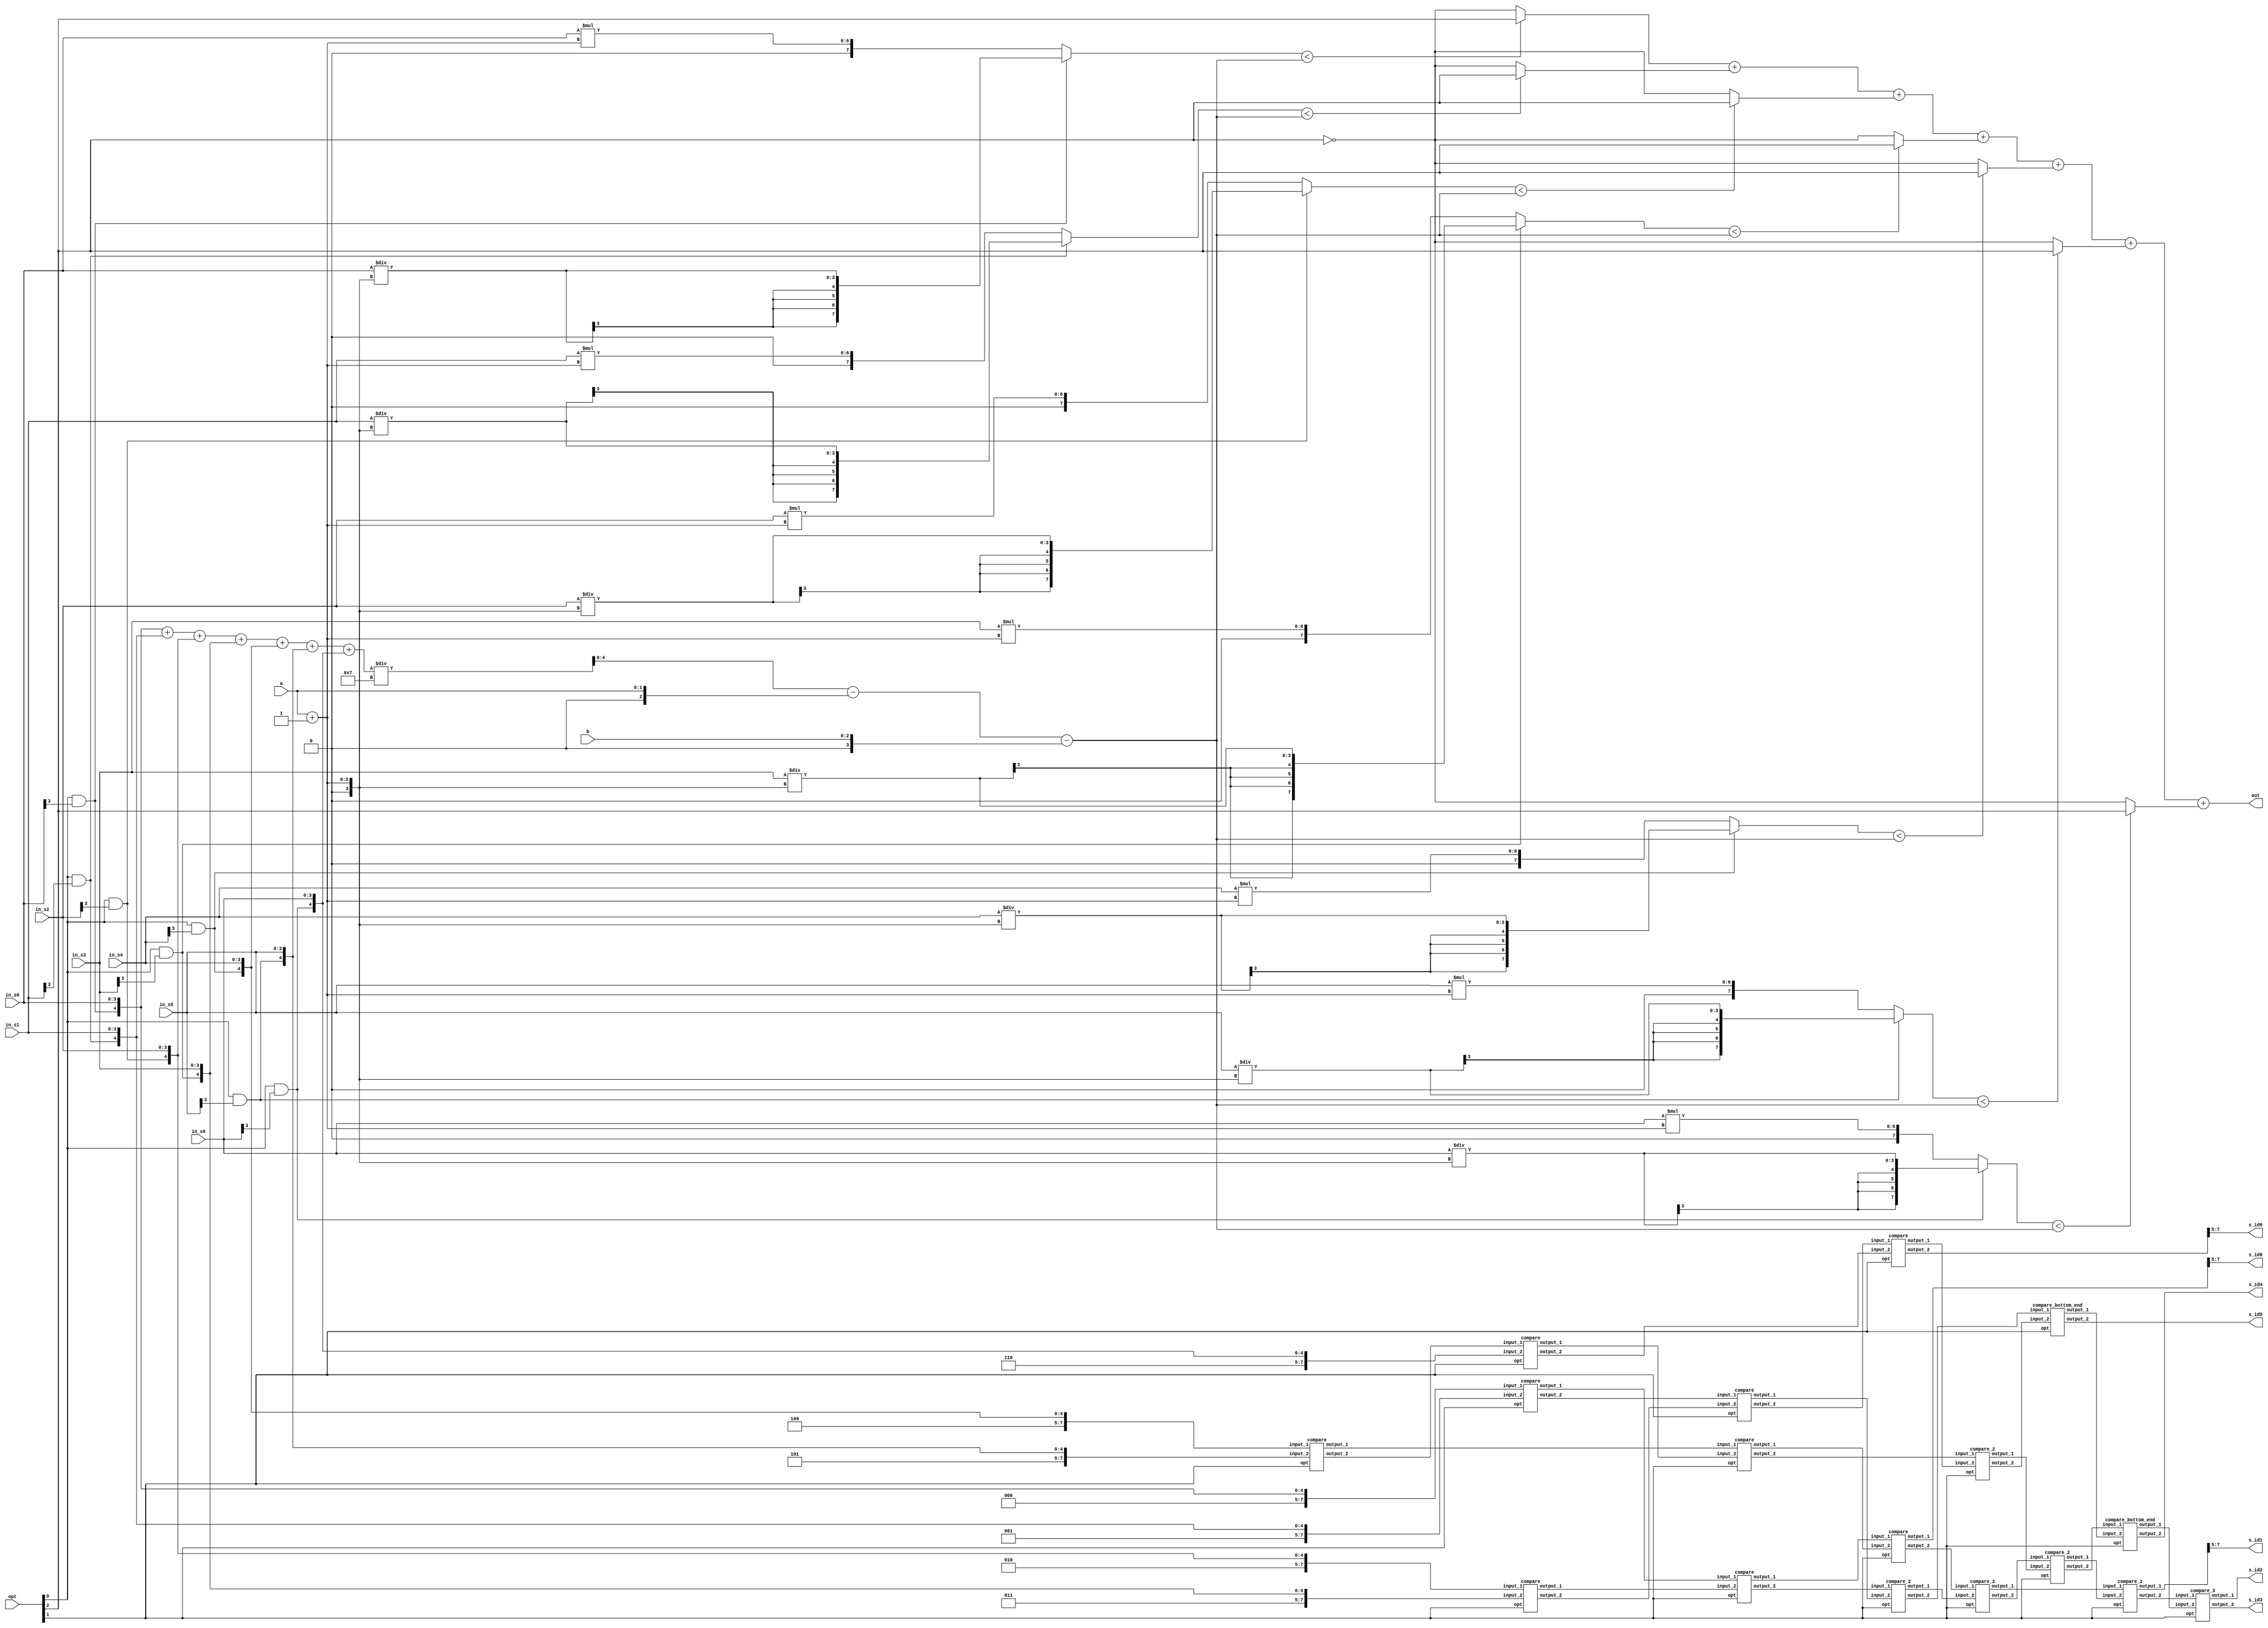
/*  //! Hand in this version
 
****************************************
Report : area
Design : CC
Version: R-2020.09
Date   : Sun Feb 26 03:16:20 2023
****************************************

Library(s) Used:

    slow (File: /RAID2/COURSE/iclab/iclabta01/umc018/Synthesis/slow.db)

Number of ports:                           60
Number of nets:                          1106
Number of cells:                         1038
Number of combinational cells:           1038
Number of sequential cells:                 0
Number of macros/black boxes:               0
Number of buf/inv:                        183
Number of references:                      40

Combinational area:              19249.877045
Buf/Inv area:                     1826.193666
Noncombinational area:               0.000000
Macro/Black Box area:                0.000000
Net Interconnect area:      undefined  (No wire load specified)

Total cell area:                 19249.877045
Total area:                 undefined
1




*/
module CC(
  in_s0,
  in_s1,
  in_s2,
  in_s3,
  in_s4,
  in_s5,
  in_s6,
  opt,
  a,
  b,
  s_id0,
  s_id1,
  s_id2,
  s_id3,
  s_id4,
  s_id5,
  s_id6,
  out

);
input [3:0]in_s0;
input [3:0]in_s1;
input [3:0]in_s2;
input [3:0]in_s3;
input [3:0]in_s4;
input [3:0]in_s5;
input [3:0]in_s6;
input [2:0]opt;
input [1:0]a;
input [2:0]b;
output [2:0] s_id0;
output [2:0] s_id1;
output [2:0] s_id2;
output [2:0] s_id3;
output [2:0] s_id4;
output [2:0] s_id5;
output [2:0] s_id6;
output [2:0] out; 
//==================================================================
// reg & wire
//==================================================================
wire signed [4+3:0] in_t0, in_t1, in_t2, in_t3, in_t4, in_t5, in_t6;
//
//------------------
/*
wire signed [7:0] temp_1,temp_2,temp_3,temp_4,temp_5,temp_6,temp_7,temp_8,temp_9,temp_10,
                  temp_11,temp_12,temp_13,temp_14,temp_15,temp_16,temp_17,temp_18,temp_19,temp_20,
                  temp_21,temp_22,temp_23,temp_24,temp_25,temp_26,temp_27,temp_28,temp_29,//temp_30,
                  temp_31,temp_32,temp_33;//,temp_34;//,temp_35,temp_36;
wire signed [2:0] temp_30,temp_34,temp_35,temp_36;  //temp_31 cannot use[2:0] for area is not decreasing
*/
//
//-----------------------

wire signed [7:0] temp_1,temp_2,temp_3,temp_4,temp_5,temp_6,temp_7,temp_8,temp_9,temp_10,
                  temp_11,temp_12,temp_13,temp_14,temp_15,temp_16,temp_17,temp_18,temp_19,temp_20,
                  temp_21,temp_22,temp_23,temp_24,temp_25,temp_26,temp_27,temp_28,temp_29,//temp_30,
                  temp_31,temp_32,temp_33;//,temp_34;//,temp_35,temp_36;
wire signed [2:0] temp_30,temp_34,temp_35,temp_36,temp_37,temp_38;  //temp_31 cannot use[2:0] for area is not decreasing


reg signed [7:0] sum;
reg signed [4:0] qutio;
wire signed [2:0] alpha;
wire signed [3:0] alpha_p;
reg signed [4:0] pass_score;

//wire signed [7:0] new_score[6:0]; 
wire signed [3:0] beta;
wire pass_num [6:0];
wire vote, unvote;
wire signed [3:0] score_qutio[6:0];
wire signed [7:0] score_product[6:0];
wire signed [7:0] score_product_dete[6:0];


//==================================================================
// design
//==================================================================
assign  in_t0 = {3'd0,(opt[0]&in_s0[3]),in_s0};
assign  in_t1 = {3'd1,(opt[0]&in_s1[3]),in_s1};
assign  in_t2 = {3'd2,(opt[0]&in_s2[3]),in_s2};
assign  in_t3 = {3'd3,(opt[0]&in_s3[3]),in_s3};
assign  in_t4 = {3'd4,(opt[0]&in_s4[3]),in_s4};
assign  in_t5 = {3'd5,(opt[0]&in_s5[3]),in_s5};
assign  in_t6 = {3'd6,(opt[0]&in_s6[3]),in_s6};
assign alpha = {1'b0,a};
assign alpha_p = {1'b0,alpha}+1'b1;
assign beta = {1'b0,b};


//--------------------
//  OUTPUTS
//--------------------
assign out = pass_num[0] + pass_num[1] + pass_num[2] + pass_num[3] +pass_num[4] + pass_num[5] + pass_num[6];


assign  s_id0 = temp_19[7:5];
assign  s_id1 = temp_31[7:5];
assign  s_id2 = temp_35;//[7:5];
assign  s_id3 = temp_36;//[7:5];
assign  s_id4 = temp_34;//[7:5];
assign  s_id5 = temp_30;//[7:5];
assign  s_id6 = temp_22[7:5];

/*
assign  s_id0 = temp_17[7:5];
assign  s_id1 = temp_37[7:5];
assign  s_id2 = temp_38[7:5];//[7:5];
assign  s_id3 = temp_36[7:5];//[7:5];
assign  s_id4 = temp_34[7:5];//[7:5];
assign  s_id5 = temp_32[7:5];//[7:5];
assign  s_id6 = temp_20[7:5];

*/


/*    ORI
assign  s_id0 = temp_19[7:5];
assign  s_id1 = temp_31[7:5];
assign  s_id2 = temp_35;//[7:5];
assign  s_id3 = temp_36;//[7:5];
assign  s_id4 = temp_34;//[7:5];
assign  s_id5 = temp_30;//[7:5];
assign  s_id6 = temp_22[7:5];
*/


//--------------------
//  SORT by MERGE SORT
//-------------------- 

compare M1(.input_1(in_t0),.input_2(in_t1),.opt(opt[1]),.output_1(temp_1),.output_2(temp_2));
compare M2(.input_1(in_t2),.input_2(in_t3),.opt(opt[1]),.output_1(temp_3),.output_2(temp_4));
compare M3(.input_1(in_t4),.input_2(in_t5),.opt(opt[1]),.output_1(temp_5),.output_2(temp_6));   // for bottom id 
compare M4(.input_1(temp_1),.input_2(temp_3),.opt(opt[1]),.output_1(temp_7),.output_2(temp_8)); 
compare M5(.input_1(temp_2),.input_2(temp_4),.opt(opt[1]),.output_1(temp_9),.output_2(temp_10));
compare M6(.input_1(temp_6),.input_2(in_t6),.opt(opt[1]),.output_1(temp_11),.output_2(temp_12));    // for bottom id
compare_2 M7(.input_1(temp_8),.input_2(temp_9),.opt(opt[1]),.output_1(temp_13),.output_2(temp_14));
compare M8(.input_1(temp_5),.input_2(temp_11),.opt(opt[1]),.output_1(temp_15),.output_2(temp_16));  // for bottom id



// ORI-END (for 7 front element version)
compare M10(.input_1(temp_7),.input_2(temp_15),.opt(opt[1]),.output_1(temp_19),.output_2(temp_20));
compare M11(.input_1(temp_10),.input_2(temp_12),.opt(opt[1]),.output_1(temp_21),.output_2(temp_22));
compare_2 M12(.input_1(temp_20),.input_2(temp_13),.opt(opt[1]),.output_1(temp_23),.output_2(temp_24));
compare_2 M13(.input_1(temp_16),.input_2(temp_21),.opt(opt[1]),.output_1(temp_25),.output_2(temp_26));
compare_2 M14(.input_1(temp_24),.input_2(temp_25),.opt(opt[1]),.output_1(temp_27),.output_2(temp_28));
compare_bottom_end M15(.input_1(temp_14),.input_2(temp_26),.opt(opt[1]),.output_1(temp_29),.output_2(temp_30));
compare_2 M16(.input_1(temp_23),.input_2(temp_27),.opt(opt[1]),.output_1(temp_31),.output_2(temp_32));
compare_bottom_end M17(.input_1(temp_28),.input_2(temp_29),.opt(opt[1]),.output_1(temp_33),.output_2(temp_34));
compare_3 M18(.input_1(temp_32),.input_2(temp_33),.opt(opt[1]),.output_1(temp_35),.output_2(temp_36));



/* 
compare M9(.input_1(temp_7),.input_2(temp_15),.opt(opt[1]),.output_1(temp_17),.output_2(temp_18)); //up end
compare M10(.input_1(temp_10),.input_2(temp_12),.opt(opt[1]),.output_1(temp_19),.output_2(temp_20));//down end
compare M11(.input_1(temp_18),.input_2(temp_16),.opt(opt[1]),.output_1(temp_21),.output_2(temp_22));
compare M12(.input_1(temp_14),.input_2(temp_19),.opt(opt[1]),.output_1(temp_23),.output_2(temp_24));
compare_2 M13(.input_1(temp_21),.input_2(temp_23),.opt(opt[1]),.output_1(temp_25),.output_2(temp_26));
compare_2 M14(.input_1(temp_22),.input_2(temp_24),.opt(opt[1]),.output_1(temp_27),.output_2(temp_28));
compare_2 M15(.input_1(temp_26),.input_2(temp_27),.opt(opt[1]),.output_1(temp_29),.output_2(temp_30));
compare M16(.input_1(temp_13),.input_2(temp_28),.opt(opt[1]),.output_1(temp_31),.output_2(temp_32));
compare_2 M17(.input_1(temp_31),.input_2(temp_30),.opt(opt[1]),.output_1(temp_33),.output_2(temp_34));
compare_2 M18(.input_1(temp_33),.input_2(temp_29),.opt(opt[1]),.output_1(temp_35),.output_2(temp_36));
compare_2 M19(.input_1(temp_35),.input_2(temp_25),.opt(opt[1]),.output_1(temp_37),.output_2(temp_38));
*/


/*    ORI
compare M1(.input_1(in_t0),.input_2(in_t1),.opt(opt[1]),.output_1(temp_1),.output_2(temp_2));
compare M2(.input_1(in_t2),.input_2(in_t3),.opt(opt[1]),.output_1(temp_3),.output_2(temp_4));
compare M3(.input_1(in_t4),.input_2(in_t5),.opt(opt[1]),.output_1(temp_5),.output_2(temp_6));
compare M4(.input_1(temp_2),.input_2(temp_3),.opt(opt[1]),.output_1(temp_7),.output_2(temp_8));
compare M5(.input_1(temp_6),.input_2(in_t6),.opt(opt[1]),.output_1(temp_9),.output_2(temp_10));
compare M6(.input_1(temp_1),.input_2(temp_7),.opt(opt[1]),.output_1(temp_11),.output_2(temp_12));
compare M7(.input_1(temp_8),.input_2(temp_4),.opt(opt[1]),.output_1(temp_13),.output_2(temp_14));
compare M8(.input_1(temp_5),.input_2(temp_9),.opt(opt[1]),.output_1(temp_15),.output_2(temp_16));
compare M9(.input_1(temp_12),.input_2(temp_13),.opt(opt[1]),.output_1(temp_17),.output_2(temp_18));
//

compare M10(.input_1(temp_11),.input_2(temp_15),.opt(opt[1]),.output_1(temp_19),.output_2(temp_20));
compare M11(.input_1(temp_14),.input_2(temp_10),.opt(opt[1]),.output_1(temp_21),.output_2(temp_22));
compare_2 M12(.input_1(temp_20),.input_2(temp_17),.opt(opt[1]),.output_1(temp_23),.output_2(temp_24));
compare_2 M13(.input_1(temp_16),.input_2(temp_21),.opt(opt[1]),.output_1(temp_25),.output_2(temp_26));
compare_2 M14(.input_1(temp_24),.input_2(temp_25),.opt(opt[1]),.output_1(temp_27),.output_2(temp_28));
compare_bottom_end M15(.input_1(temp_18),.input_2(temp_26),.opt(opt[1]),.output_1(temp_29),.output_2(temp_30));
compare_2 M16(.input_1(temp_23),.input_2(temp_27),.opt(opt[1]),.output_1(temp_31),.output_2(temp_32));
compare_bottom_end M17(.input_1(temp_28),.input_2(temp_29),.opt(opt[1]),.output_1(temp_33),.output_2(temp_34));
compare_3 M18(.input_1(temp_32),.input_2(temp_33),.opt(opt[1]),.output_1(temp_35),.output_2(temp_36));
*/


//---------------------------------------
//  Vote if the student pass/fail the test
//----------------------------------------
always @* begin
  sum = $signed(in_t0[4:0]) + $signed(in_t1[4:0]) + $signed(in_t2[4:0]) +$signed(in_t3[4:0]) + $signed(in_t4[4:0]) + $signed(in_t5[4:0]) +$signed(in_t6[4:0]);
  qutio = sum / $signed(4'd7);
  pass_score = qutio-alpha-beta;
end

assign vote = opt[2]^1'b0;
assign unvote = ~vote;

assign pass_num[0] = (score_product_dete[0]<pass_score)?vote:unvote;
assign pass_num[1] = (score_product_dete[1]<pass_score)?vote:unvote;
assign pass_num[2] = (score_product_dete[2]<pass_score)?vote:unvote;
assign pass_num[3] = (score_product_dete[3]<pass_score)?vote:unvote;
assign pass_num[4] = (score_product_dete[4]<pass_score)?vote:unvote;
assign pass_num[5] = (score_product_dete[5]<pass_score)?vote:unvote;
assign pass_num[6] = (score_product_dete[6]<pass_score)?vote:unvote;

/*
assign pass_num[0] = (new_score[0]<pass_score)?vote:unvote;
assign pass_num[1] = (new_score[1]<pass_score)?vote:unvote;
assign pass_num[2] = (new_score[2]<pass_score)?vote:unvote;
assign pass_num[3] = (new_score[3]<pass_score)?vote:unvote;
assign pass_num[4] = (new_score[4]<pass_score)?vote:unvote;
assign pass_num[5] = (new_score[5]<pass_score)?vote:unvote;
assign pass_num[6] = (new_score[6]<pass_score)?vote:unvote;
*/
//-----------------------------------
//  Score Linear Translation
//-----------------------------------
  assign score_qutio[0] = $signed(in_t0[3:0])/alpha_p;
  assign score_qutio[1] = $signed(in_t1[3:0])/alpha_p;
  assign score_qutio[2] = $signed(in_t2[3:0])/alpha_p;
  assign score_qutio[3] = $signed(in_t3[3:0])/alpha_p;
  assign score_qutio[4] = $signed(in_t4[3:0])/alpha_p;
  assign score_qutio[5] = $signed(in_t5[3:0])/alpha_p;
  assign score_qutio[6] = $signed(in_t6[3:0])/alpha_p;

  assign score_product[0] = in_t0[3:0]*alpha_p;
  assign score_product[1] = in_t1[3:0]*alpha_p;
  assign score_product[2] = in_t2[3:0]*alpha_p;
  assign score_product[3] = in_t3[3:0]*alpha_p;
  assign score_product[4] = in_t4[3:0]*alpha_p;
  assign score_product[5] = in_t5[3:0]*alpha_p;
  assign score_product[6] = in_t6[3:0]*alpha_p;

/*   original format

  assign score_qutio[0] = $signed(in_t0[4:0])/alpha_p;
  assign score_product[0] = $signed(in_t0[3:0])*alpha_p;
  assign score_qutio[1] = $signed(in_t1[4:0])/alpha_p;
  assign score_product[1] = $signed(in_t1[4:0])*alpha_p;
  assign score_qutio[2] = $signed(in_t2[4:0])/alpha_p;
  assign score_product[2] = $signed(in_t2[4:0])*alpha_p;
  assign score_qutio[3] = $signed(in_t3[4:0])/alpha_p;
  assign score_product[3] = $signed(in_t3[4:0])*alpha_p;
  assign score_qutio[4] = $signed(in_t4[4:0])/alpha_p;
  assign score_product[4] = $signed(in_t4[4:0])*alpha_p;
  assign score_qutio[5] = $signed(in_t5[4:0])/alpha_p;
  assign score_product[5] = $signed(in_t5[4:0])*alpha_p;
  assign score_qutio[6] = $signed(in_t6[4:0])/alpha_p;
  assign score_product[6] = $signed(in_t6[4:0])*alpha_p;
*/

  //mult Mm1(.input_num(in_t6[4:0]),.alpha_p(alpha_p),.product(score_product[6]));//! This is not useful.

  assign score_product_dete[0] = (in_t0[4])?{{4{score_qutio[0][3]}},score_qutio[0][3:0]}:score_product[0];
  assign score_product_dete[1] = (in_t1[4])?{{4{score_qutio[1][3]}},score_qutio[1][3:0]}:score_product[1];
  assign score_product_dete[2] = (in_t2[4])?{{4{score_qutio[2][3]}},score_qutio[2][3:0]}:score_product[2];
  assign score_product_dete[3] = (in_t3[4])?{{4{score_qutio[3][3]}},score_qutio[3][3:0]}:score_product[3];
  assign score_product_dete[4] = (in_t4[4])?{{4{score_qutio[4][3]}},score_qutio[4][3:0]}:score_product[4];
  assign score_product_dete[5] = (in_t5[4])?{{4{score_qutio[5][3]}},score_qutio[5][3:0]}:score_product[5];
  assign score_product_dete[6] = (in_t6[4])?{{4{score_qutio[6][3]}},score_qutio[6][3:0]}:score_product[6];


/*

  assign new_score[0] = $signed(score_product_dete[0]);// + beta;
  assign new_score[1] = $signed(score_product_dete[1]);// + beta;
  assign new_score[2] = $signed(score_product_dete[2]);// + beta;
  assign new_score[3] = $signed(score_product_dete[3]);// + beta;
  assign new_score[4] = $signed(score_product_dete[4]);// + beta;
  assign new_score[5] = $signed(score_product_dete[5]);// + beta;
  assign new_score[6] = $signed(score_product_dete[6]);// + beta;
*/

endmodule

/*    Simple Mult OP:                 //!This is not useful
module mult(input_num,alpha_p,product);
input signed [4:0] input_num;
input [2:0] alpha_p;
output reg [7:0] product;
wire [7:0] first_shift,second_shift,first_shift_p;
assign first_shift = input_num<<<1'd1;
assign first_shift_p = input_num + input_num;
assign second_shift = input_num<<<2'd2;

always @* begin
  case(alpha_p)
  3'd0:begin
    product = 'd0;
  end
  3'd1:begin
    product = input_num;
  end
  3'd2:begin
    product = first_shift;
  end
  3'd3:begin
    product = first_shift_p;
  end
  3'd4:begin
    product =second_shift;
  end
  default:begin
    product ='d0;
  end
  endcase
end
endmodule
*/




module compare(input_1,input_2,opt,output_1,output_2);
input [7:0] input_1, input_2;
input opt;
output reg [7:0] output_1, output_2;
wire signed [4:0] num_1, num_2;
               // This is "case" method
wire [2:0] op;
wire small_fg, large_fg;
assign num_1 = input_1[4:0];
assign num_2 = input_2[4:0];
assign small_fg = num_1<num_2;
assign large_fg = num_1>num_2;
assign op ={opt,small_fg,large_fg};
always @* begin
  case(op)
    3'b110,3'b001:begin
      output_1 = input_2;
      output_2 = input_1;
    end
    default:begin
      output_1 = input_1;
      output_2 = input_2;
    end
  endcase
end


/*   // This is "original" method

always @* begin
  if(opt)begin
    output_1 = (num_1<num_2)?input_2:input_1;
    output_2 = (num_1<num_2)?input_1:input_2;
  end
  else begin
    output_1 = (num_1>num_2)?input_2:input_1;
    output_2 = (num_1>num_2)?input_1:input_2;
  end
end
*/


endmodule


/*   //!This is for M10, and M11 respectively. But it isn't useful.
module compare_10(input_1,input_2,opt,output_1,output_2);
input [7:0] input_1, input_2;
input opt;
output reg [7:0] output_1, output_2;
wire signed [4:0] num_1, num_2;


wire [2:0] op;
wire small_fg, large_fg;
assign num_1 = input_1[4:0];
assign num_2 = input_2[4:0];
assign small_fg = num_1<num_2;
assign large_fg = num_1>num_2;
assign op ={opt,small_fg,large_fg};
always @* begin
  case(op)
    3'b110,3'b001:begin
      output_1 = input_2;
      output_2 = input_1;
    end
    default:begin
      output_1 = input_1;
      output_2 = input_2;
    end
  endcase
end

endmodule

module compare_11(input_1,input_2,opt,output_1,output_2);
input [7:0] input_1, input_2;
input opt;
output reg [7:0] output_1;
output reg [2:0] output_2;
wire signed [4:0] num_1, num_2;

wire [2:0] op;
wire small_fg, large_fg;
assign num_1 = input_1[4:0];
assign num_2 = input_2[4:0];
assign small_fg = num_1<num_2;
assign large_fg = num_1>num_2;
assign op ={opt,small_fg,large_fg};
always @* begin
  case(op)
    3'b110,3'b001:begin
      output_1 = input_2;
      output_2 = input_1[7:5];
    end
    default:begin
      output_1 = input_1;
      output_2 = input_2[7:5];
    end
  endcase
end

endmodule
*/








module compare_2(input_1,input_2,opt,output_1,output_2);
input [7:0] input_1, input_2;
input opt;
output reg [7:0] output_1, output_2;
wire signed [4:0] num_1, num_2;
wire equal_swap_flag, small_fg, large_fg;
wire [3:0] op;

assign num_1 = input_1[4:0];
assign num_2 = input_2[4:0];
assign small_fg = num_1<num_2;
assign large_fg = num_1>num_2;
assign equal_swap_flag = (input_1[7:5]<input_2[7:5])&~(small_fg|large_fg);
assign op = {opt,small_fg,large_fg,equal_swap_flag};
always@ * begin
  case(op)
  4'b1010,4'b1001,4'b0100,4'b0001:begin
      output_1 = input_1;
      output_2 = input_2;
  end

  default:begin
      output_1 = input_2;
      output_2 = input_1;
  end
endcase

end


endmodule

//------------------------
//  Below is for M18
// -----------------------
module compare_3(input_1,input_2,opt,output_1,output_2);
input [7:0] input_1, input_2;
input opt;
output reg [2:0] output_1, output_2;
wire signed [4:0] num_1, num_2;
wire equal_swap_flag, small_fg, large_fg;
wire [3:0] op;

assign num_1 = input_1[4:0];
assign num_2 = input_2[4:0];
assign small_fg = num_1<num_2;
assign large_fg = num_1>num_2;
//assign equal_flag = (num_1==num_2); 
//assign equal_swap_flag = (input_1[7:5]<input_2[7:5])&equal_flag;
assign equal_swap_flag = (input_1[7:5]<input_2[7:5])&~(small_fg|large_fg);
assign op = {opt,small_fg,large_fg,equal_swap_flag};
always@ * begin
  case(op)
  4'b1010,4'b1001,4'b0100,4'b0001:begin
      output_1 = input_1[7:5];
      output_2 = input_2[7:5];
  end

  default:begin
      output_1 = input_2[7:5];
      output_2 = input_1[7:5];
  end
endcase

end

/*    //Original method
always @* begin
  if(opt)begin
    output_1 = ((num_1>num_2)|equal_swap_flag)?input_1:input_2;
    output_2 = ((num_1>num_2)|equal_swap_flag)?input_2:input_1;
  end
  else begin
    output_1 = ((num_1<num_2)|equal_swap_flag)?input_1:input_2;
    output_2 = ((num_1<num_2)|equal_swap_flag)?input_2:input_1;
  end
end
*/

endmodule





/*    //!This is for M16 respectively. But it isn't useful.
module compare_top_end(input_1,input_2,opt,output_1,output_2);
input [7:0] input_1, input_2;
input opt;
output reg [2:0] output_1;
output reg [7:0] output_2;
wire signed [4:0] num_1, num_2;
wire swap_flag;
wire equal_swap_flag, small_fg, large_fg;
wire [3:0] op;

assign num_1 = input_1[4:0];
assign num_2 = input_2[4:0];
assign small_fg = num_1<num_2;
assign large_fg = num_1>num_2;
//assign equal_flag = (num_1==num_2); 
//assign equal_swap_flag = (input_1[7:5]<input_2[7:5])&equal_flag;
assign equal_swap_flag = (input_1[7:5]<input_2[7:5])&~(small_fg|large_fg);
assign op = {opt,small_fg,large_fg,equal_swap_flag};
always@ * begin
  case(op)
  4'b1010,4'b1001,4'b0100,4'b0001:begin
      output_1 = input_1[7:5];
      output_2 = input_2;
  end

  default:begin
      output_1 = input_2[7:5];
      output_2 = input_1;
  end
endcase


end
endmodule
*/
//------------------------
//  Below is for M15,M17
// -----------------------
module compare_bottom_end(input_1,input_2,opt,output_1,output_2);
input [7:0] input_1, input_2;
input opt;
output reg [7:0] output_1;
output reg [2:0] output_2;
wire signed [4:0] num_1, num_2;
wire equal_swap_flag, small_fg, large_fg;
wire [3:0] op;

assign num_1 = input_1[4:0];
assign num_2 = input_2[4:0];
assign small_fg = num_1<num_2;
assign large_fg = num_1>num_2;
//assign equal_flag = (num_1==num_2); 
//assign equal_swap_flag = (input_1[7:5]<input_2[7:5])&equal_flag;
assign equal_swap_flag = (input_1[7:5]<input_2[7:5])&~(small_fg|large_fg);
assign op = {opt,small_fg,large_fg,equal_swap_flag};
always@ * begin
  case(op)
  4'b1010,4'b1001,4'b0100,4'b0001:begin
      output_1 = input_1;
      output_2 = input_2[7:5];
  end

  default:begin
      output_1 = input_2;
      output_2 = input_1[7:5];
  end
endcase


end
endmodule